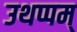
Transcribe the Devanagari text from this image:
उथप्पम्